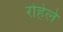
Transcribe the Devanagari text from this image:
रोहेले